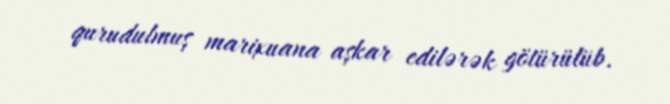
qurudulmuş marixuana aşkar edilərək götürülüb.